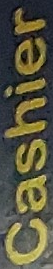
Cashier